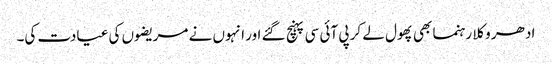
ادھر وکلا رہنما بھی پھول لے کر پی آئی سی پہنچ گئے اور انہوں نے مریضوں کی عیادت کی۔